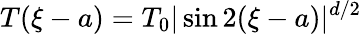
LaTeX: T(\xi-a)=T_{0}|\sin 2(\xi-a)|^{d/2}